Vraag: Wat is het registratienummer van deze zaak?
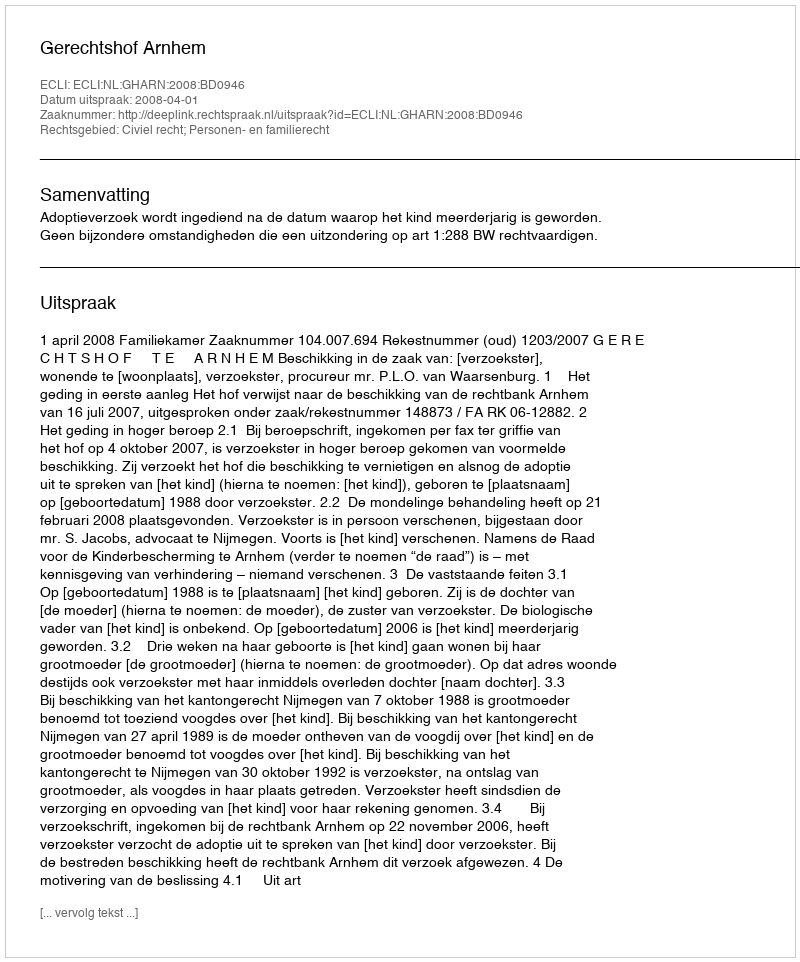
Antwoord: http://deeplink.rechtspraak.nl/uitspraak?id=ECLI:NL:GHARN:2008:BD0946